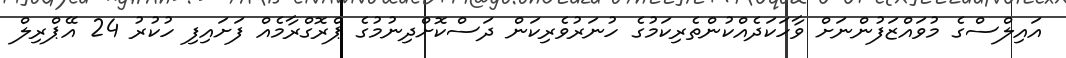
އައިލްސްގެ މުވައްޒަފުންނަށް ވާހަކަދެއްކުންތެރިކަމުގެ ހުނަރުވެރިކަން ދަސްކޮށްދިނުމުގެ ޕްރޮގްރާމެއް ފަށައިފި ހުކުރު 24 އޭޕްރިލް